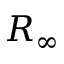
R _ { \infty }